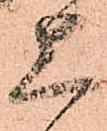
上